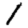
Digit: 1